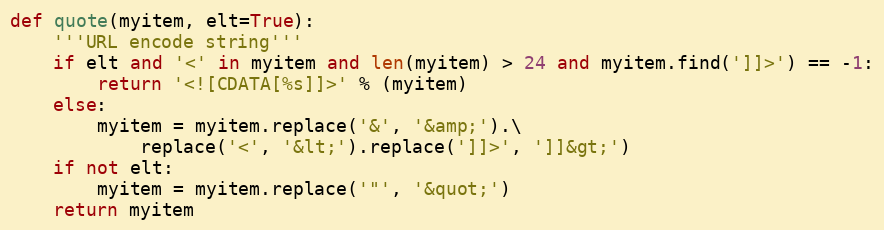
Language: Python
def quote(myitem, elt=True):
    '''URL encode string'''
    if elt and '<' in myitem and len(myitem) > 24 and myitem.find(']]>') == -1:
        return '<![CDATA[%s]]>' % (myitem)
    else:
        myitem = myitem.replace('&', '&amp;').\
            replace('<', '&lt;').replace(']]>', ']]&gt;')
    if not elt:
        myitem = myitem.replace('"', '&quot;')
    return myitem